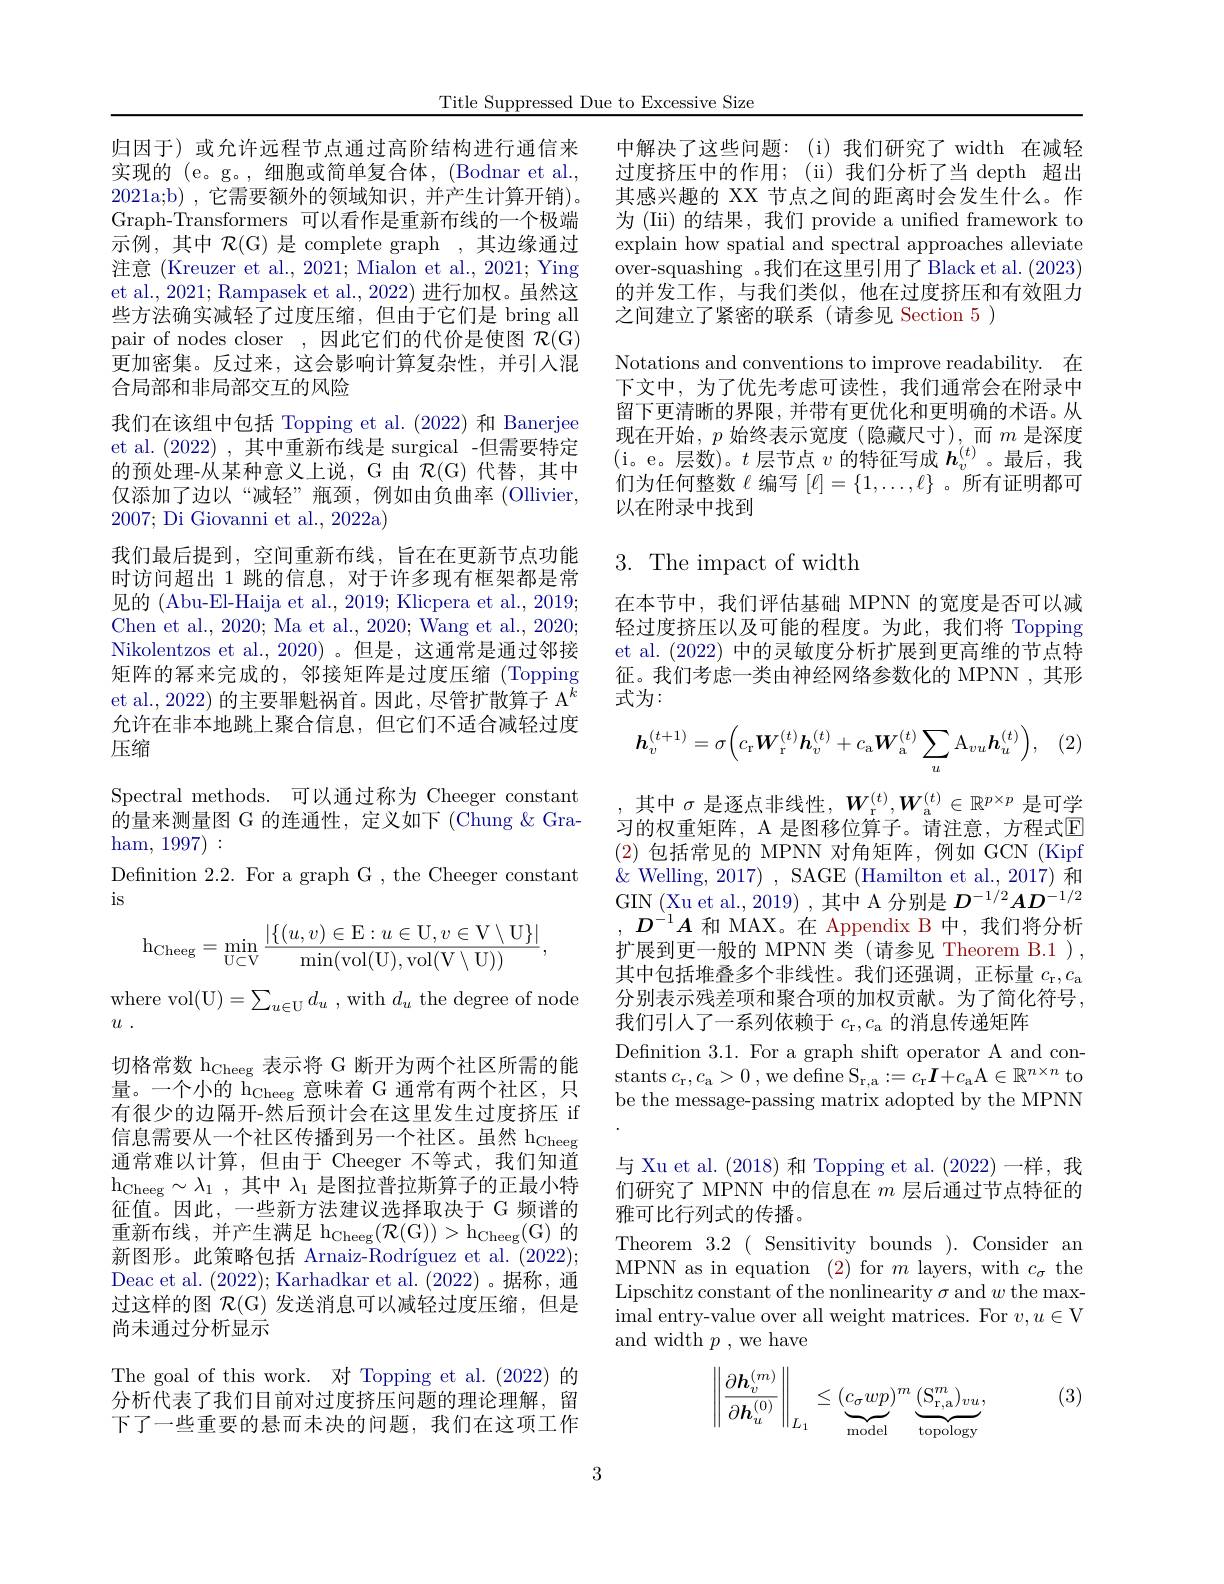
Title Suppressed Due to Excessive Size

归因于)或允许远程节点通过高阶结构进行通信来实现的 (e。g。, 细胞或简单复合体，(Bodnar et al., 2021a;b),它需要额外的领域知识，并产生计算开销)。Graph-Transformers 可以看作是重新布线的一个极端示例，其中$\mathcal{R}($G)是 complete graph ,其边缘通过注意 (Kreuzer et al., 2021; Mialon et al., 2021; Ying et al., 2021; Rampasek et al., 2022) 进行加权。虽然这些方法确实减轻了过度压缩，但由于它们是 bring all pair of nodes closer ,因此它们的代价是使图$\mathcal{R}($G) 更加密集。反过来，这会影响计算复杂性，并引入混合局部和非局部交互的风险
我们在该组中包括 Topping et al.(2022) 和 Banerjee et al. (2022) ,其中重新布线是 surgical -但需要特定的预处理-从某种意义上说，G 由$\mathcal{R} ($G)代替，其中仅添加了边以“减轻”瓶颈，例如由负曲率(Ollivier, 2007; Di Giovanni et al., 2022a)
我们最后提到，空间重新布线，旨在在更新节点功能时访问超出 1 跳的信息，对于许多现有框架都是常见的 (Abu-El-Haija et al., 2019; Klicpera et al., 2019; Chen et al., 2020; Ma et al., 2020; Wang et al., 2020; Nikolentzos et al., 2020) 。但是，这通常是通过邻接矩阵的幂来完成的，邻接矩阵是过度压缩(Topping et al., 2022) 的主要罪魁祸首。因此，尽管扩散算子 A$^k$ 允许在非本地跳上聚合信息，但它们不适合减轻过度压缩
Spectral methods. 可以通过称为 Cheeger constant

的量来测量图 G 的连通性，定义如下 (Chung $\&$ Gra-
ham, 1997) :
Definition 2.2. For a graph G , the Cheeger constant
is
$$\mathrm h_{\mathrm Cheeg}=\min_{\mathrm U\subset\mathrm V}\frac{|\{(u,v)\in\mathrm E:u\in\mathrm U,v\in\mathrm V\setminus\mathrm U\}|}{\min(\mathrm vol(\mathrm U),\mathrm vol(\mathrm V\setminus\mathrm U))},$$
where vol(U$) = \sum _u\in$U$d_u$,with$d_u$ the degree of node
$u$ .
切格常数 h$_\mathrm{Cheeg}$表示将 G 断开为两个社区所需的能量。一个小的 h$_\mathrm{Cheeg}$意味着 G 通常有两个社区，只有很少的边隔开-然后预计会在这里发生过度挤压 if 信息需要从一个社区传播到另一个社区。虽然 h$_\mathrm{Cheeg}$ 通常难以计算，但由于 Cheeger 不等式，我们知道$h_{Cheeg}\sim \lambda _{1}$ , 其 中 $\lambda _{1}$ 是 图 拉 普 拉 斯 算 子 的 正 最 小 特 征值。因此，一些新方法建议选择取决于 G 频谱的重新布线，并产生满足$h_\mathrm{Cheeg}( \mathcal{R} ( \mathcal{G} ) ) > h_\mathrm{Cheeg}( \mathcal{G} )$的新图形。此策略包括 Arnaiz-Rodríguez et al. (2022); Deac et al. (2022); Karhadkar et al. (2022) 。据称，通过这样的图$\mathcal{R}(\mathcal{G})$发送消息可以减轻过度压缩，但是尚未通过分析显示
The goal of this work. 对 Topping et al.(2022)的分析代表了我们目前对过度挤压问题的理论理解，留下了一些重要的悬而未决的问题，我们在这项工作

中解决了这些问题：(i)我们研究了 width 在减轻过度挤压中的作用；(ii)我们分析了当 depth 超出其感兴趣的 XX 节点之间的距离时会发生什么。作为 (Iii) 的结果，我们 provide a unified framework to explain how spatial and spectral approaches alleviate over-squashing 。我们在这里引用了 Black et al. (2023) 的并发工作，与我们类似，他在过度挤压和有效阻力之间建立了紧密的联系(请参见 Section 5)
Notations and conventions to improve readability. 在下文中，为了优先考虑可读性，我们通常会在附录中留下更清晰的界限，并带有更优化和更明确的术语。从现在开始，$p$始终表示宽度(隐藏尺寸),而$m$是深度(i。e。层数)。$t$层节点$v$的特征写成$h_v^{(t)}$。最后，我们为任何整数$\ell$编写$[\ell]=\{1,\ldots,\ell\}$ 。所有证明都可以在附录中找到

## 3.The impact of width

在本节中，我们评估基础 MPNN 的宽度是否可以减轻过度挤压以及可能的程度。为此，我们将 Topping et al. (2022)中的灵敏度分析扩展到更高维的节点特征。我们考虑一类由神经网络参数化的 MPNN ,其形式为：

(2
$$\boldsymbol{h}_{v}^{(t+1)}=\sigma\Big(c_{\mathrm{r}}\boldsymbol{W}_{\mathrm{r}}^{(t)}\boldsymbol{h}_{v}^{(t)}+c_{\mathrm{a}}\boldsymbol{W}_{\mathrm{a}}^{(t)}\sum_{u}\mathrm{A}_{vu}\boldsymbol{h}_{u}^{(t)}\Big),$$
,其中$\sigma$是逐点非线性，$W_\mathrm{r}^{(t)},W_\mathrm{a}^{(t)}\in\mathbb{R}^{p\times p}$是可学习的权重矩阵，A 是图移位算子。请注意，方程式$\overline{\mathrm{E}}$ (2)包括常见的 MPNN 对角矩阵，例如 GCN (Kipf $\&$ Welling, 2017) , SAGE (Hamilton et al., 2017) 和GIN (Xu et al., 2019) , 其中 A 分别是$D^{-1/2}AD^{-1/2}$ $D^{-1}A$和 MAX。在 Appendix B 中，我们将分析扩展到更一般的 MPNN 类 (请参见 Theorem B.1 ) , 其中包括堆叠多个非线性。我们还强调，正标量$c_\mathrm{r},c_\mathrm{a}$ 分别表示残差项和聚合项的加权贡献。为了简化符号， 我们引人了一系列依赖于$c_\mathrm{r},c_\mathrm{a}$的消息传递矩阵
Defnition 3.1. For a graph shift operator A and constants $c_\mathrm{r},c_\mathrm{a}>0$, we define S$_\mathrm{r,a}:=c_\mathrm{r}\boldsymbol{I}+c_\mathrm{a}$A$\in\mathbb{R}^n\times n$ to be the message-passing matrix adopted by the MPNN 与 Xu et al.(2018) 和 Topping et al.(2022)一样，我们研究了 MPNN 中的信息在$m$层后通过节点特征的雅可比行列式的传播。
Theorem 3.2( Sensitivity bounds ). Consider an MPNN as in equation (2) for $m$ layers, with $c_\sigma$ the Lipschitz constant of the nonlinearity $\sigma$ and $w$ the maximal entry-value over all weight matrices. For $v,u\in$V and width $p$ , we have
$$\left\|\dfrac{\partial\boldsymbol{h}_v^{(m)}}{\partial\boldsymbol{h}_u^{(0)}}\right\|_{L_1}\leq(\underbrace{c_\sigma wp}_{\mathrm{model}})^m\underbrace{(\mathbf{S}_{\mathrm{r,a}}^m)_{vu}}_{\mathrm{topology}},$$
(3)

3